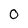
Character: 0